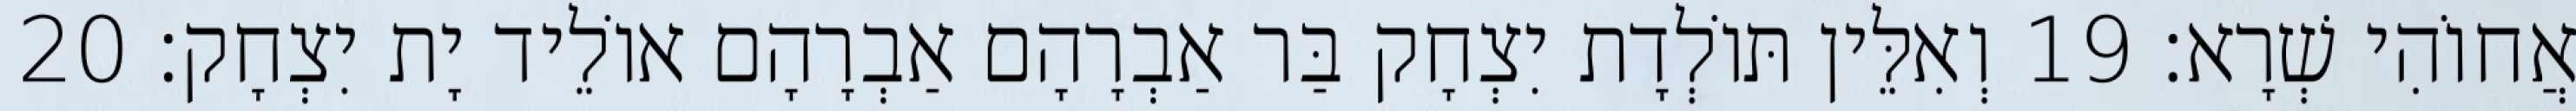
אֲחוֹהִי שְׁרָא׃ 19 וְאִלֵּין תּוֹלְדָת יִצְחָק בַּר אַבְרָהָם אַבְרָהָם אוֹלֵיד יָת יִצְחָק׃ 20